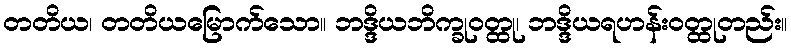
တတိယ၊ တတိယမြောက်သော။ ဘဒ္ဒိယဘိက္ခုဝတ္ထု၊ ဘဒ္ဒိယရဟန်းဝတ္ထုတည်း။